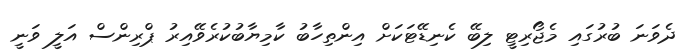
ދެވަނަ ބުރުގައި މެޖޯރިޓީ ލިބޭ ކެނިޑޭޓަކަށް އިންތިހާބު ކާމިޔާބުކުރެވޭއިރު ޕްރިންސް އަލީ ވަނީ